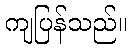
ကျပြန်သည်။